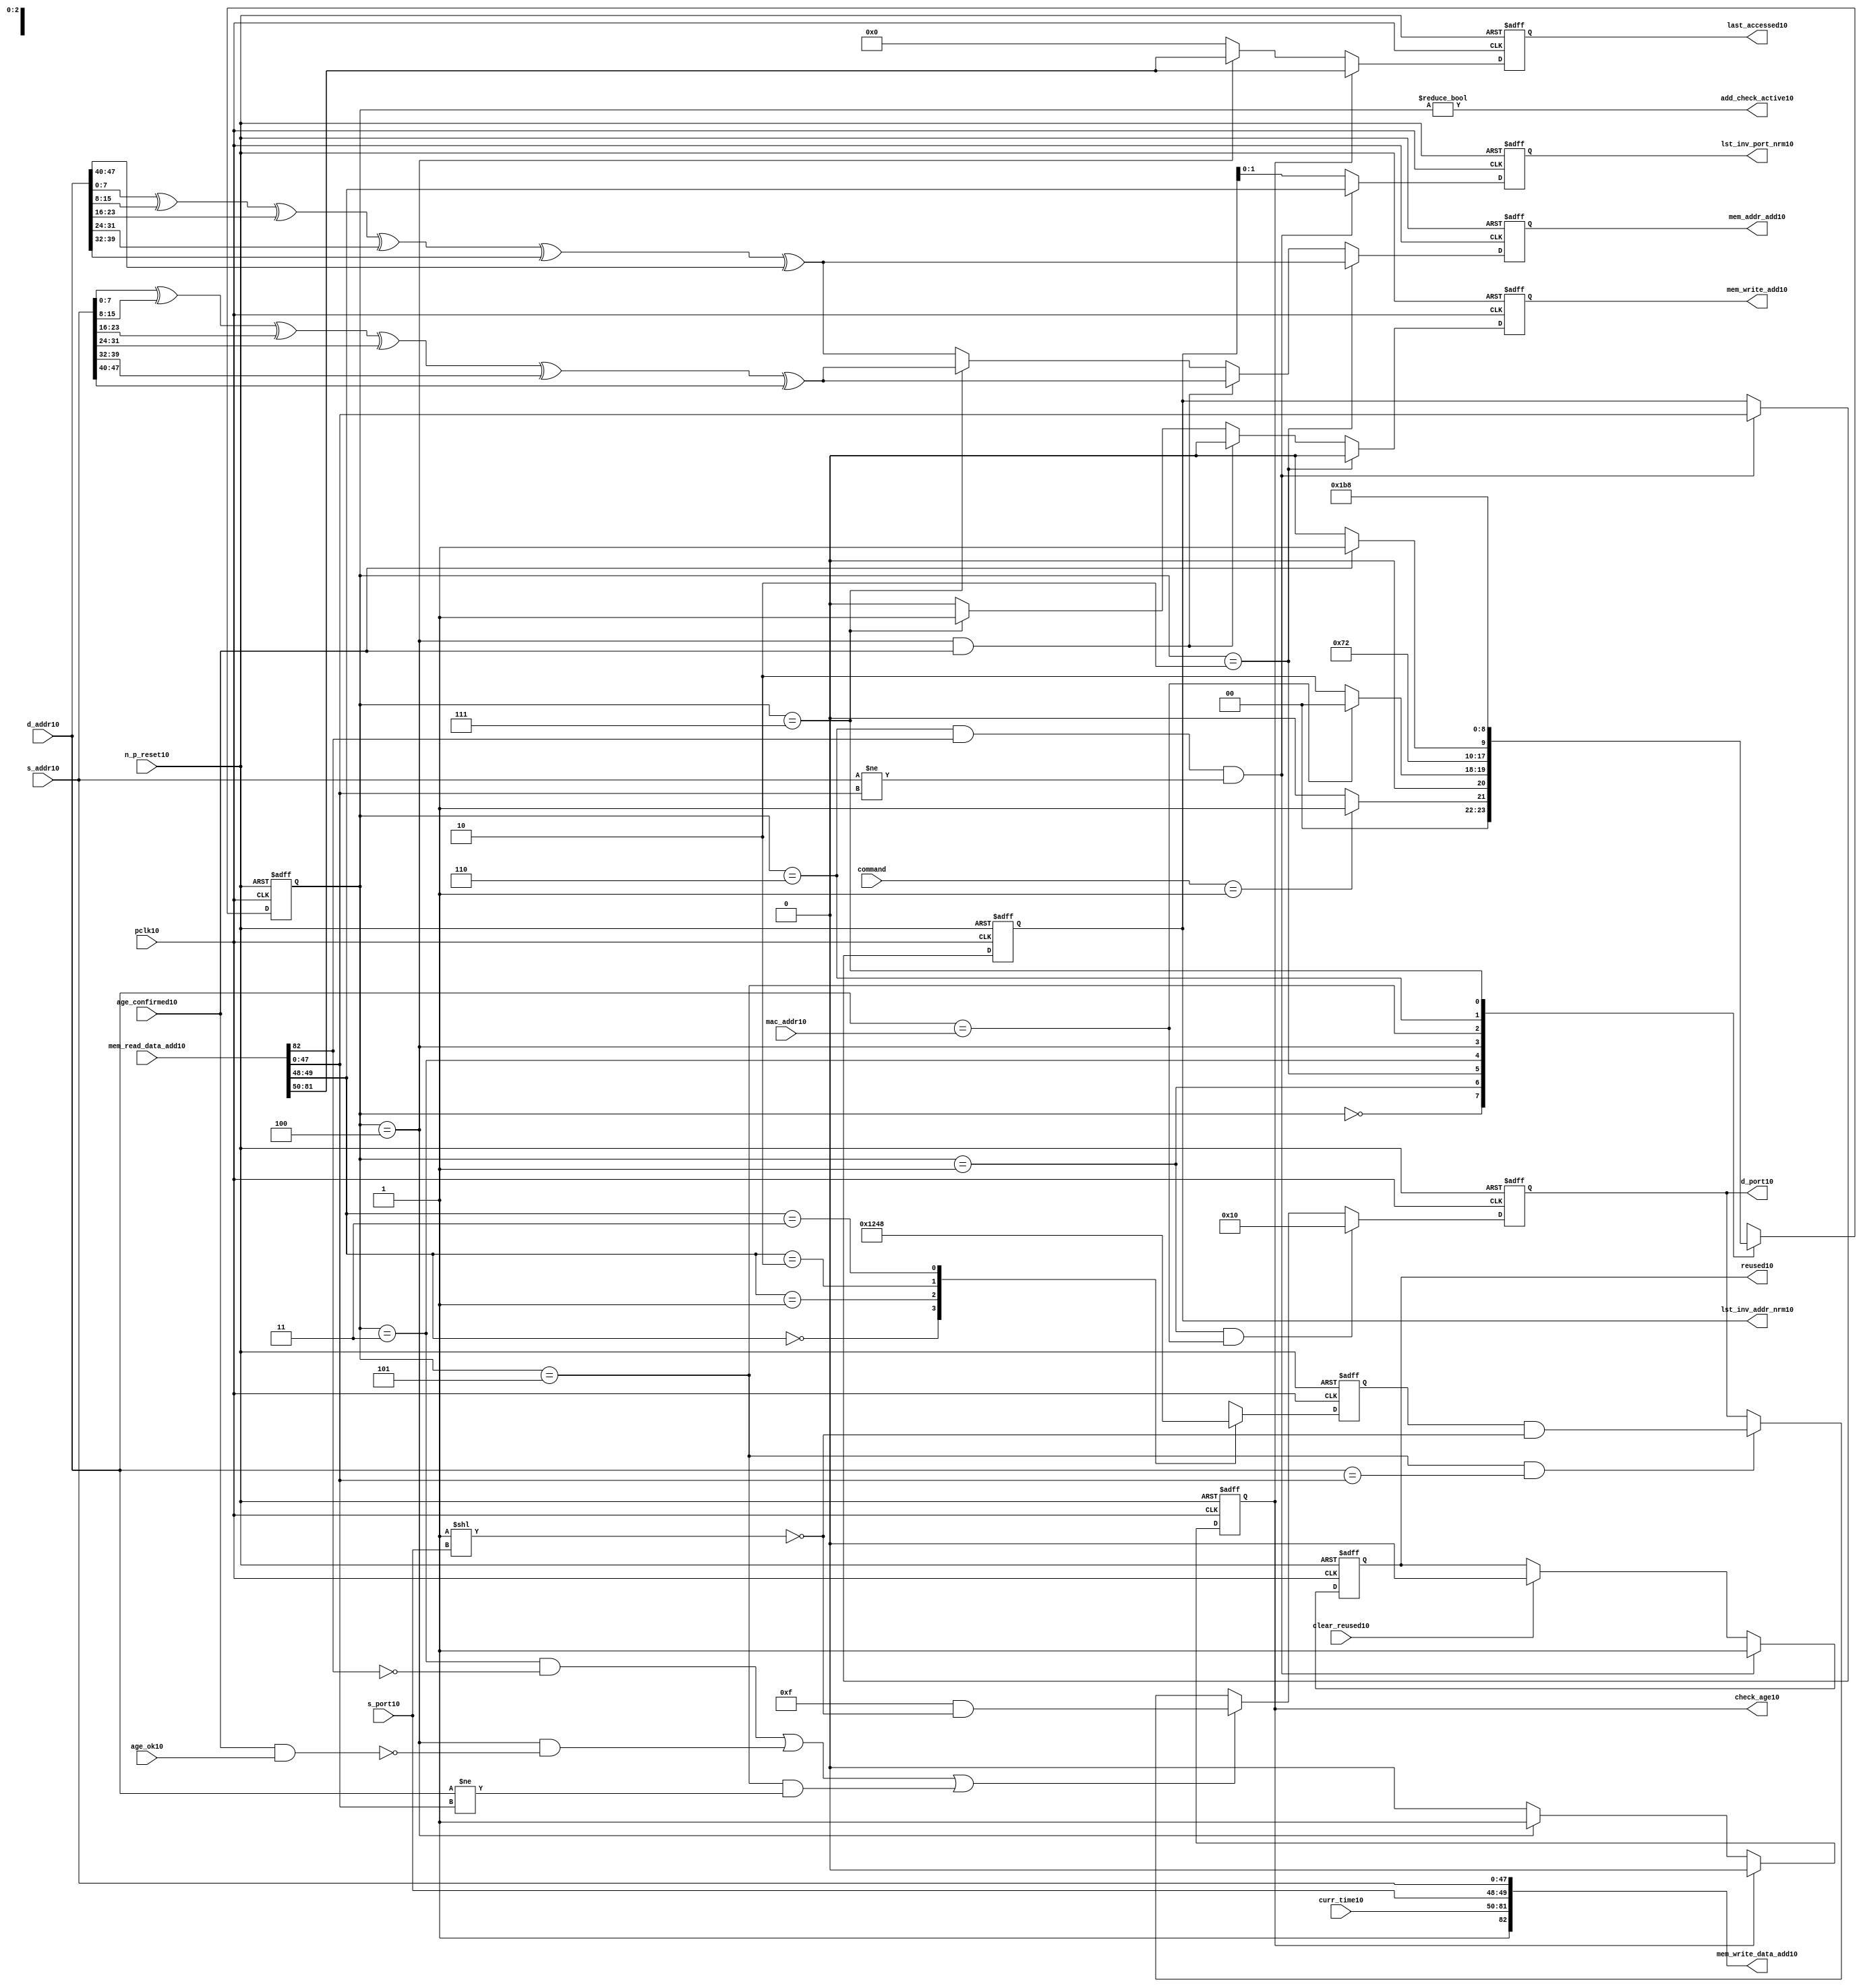
module alut_addr_checker10
(   
   // Inputs10
   pclk10,
   n_p_reset10,
   command,
   mac_addr10,
   d_addr10,
   s_addr10,
   s_port10,
   curr_time10,
   mem_read_data_add10,
   age_confirmed10,
   age_ok10,
   clear_reused10,

   //outputs10
   d_port10,
   add_check_active10,
   mem_addr_add10,
   mem_write_add10,
   mem_write_data_add10,
   lst_inv_addr_nrm10,
   lst_inv_port_nrm10,
   check_age10,
   last_accessed10,
   reused10
);



   input               pclk10;               // APB10 clock10                           
   input               n_p_reset10;          // Reset10                               
   input [1:0]         command;            // command bus                        
   input [47:0]        mac_addr10;           // address of the switch10              
   input [47:0]        d_addr10;             // address of frame10 to be checked10     
   input [47:0]        s_addr10;             // address of frame10 to be stored10      
   input [1:0]         s_port10;             // source10 port of current frame10       
   input [31:0]        curr_time10;          // current time,for storing10 in mem    
   input [82:0]        mem_read_data_add10;  // read data from mem                 
   input               age_confirmed10;      // valid flag10 from age10 checker        
   input               age_ok10;             // result from age10 checker 
   input               clear_reused10;       // read/clear flag10 for reused10 signal10           

   output [4:0]        d_port10;             // calculated10 destination10 port for tx10 
   output              add_check_active10;   // bit 0 of status register           
   output [7:0]        mem_addr_add10;       // hash10 address for R/W10 to memory     
   output              mem_write_add10;      // R/W10 flag10 (write = high10)            
   output [82:0]       mem_write_data_add10; // write data for memory             
   output [47:0]       lst_inv_addr_nrm10;   // last invalidated10 addr normal10 op    
   output [1:0]        lst_inv_port_nrm10;   // last invalidated10 port normal10 op    
   output              check_age10;          // request flag10 for age10 check
   output [31:0]       last_accessed10;      // time field sent10 for age10 check
   output              reused10;             // indicates10 ALUT10 location10 overwritten10

   reg   [2:0]         add_chk_state10;      // current address checker state
   reg   [2:0]         nxt_add_chk_state10;  // current address checker state
   reg   [4:0]         d_port10;             // calculated10 destination10 port for tx10 
   reg   [3:0]         port_mem10;           // bitwise10 conversion10 of 2bit port
   reg   [7:0]         mem_addr_add10;       // hash10 address for R/W10 to memory
   reg                 mem_write_add10;      // R/W10 flag10 (write = high10)            
   reg                 reused10;             // indicates10 ALUT10 location10 overwritten10
   reg   [47:0]        lst_inv_addr_nrm10;   // last invalidated10 addr normal10 op    
   reg   [1:0]         lst_inv_port_nrm10;   // last invalidated10 port normal10 op    
   reg                 check_age10;          // request flag10 for age10 checker
   reg   [31:0]        last_accessed10;      // time field sent10 for age10 check


   wire   [7:0]        s_addr_hash10;        // hash10 of address for storing10
   wire   [7:0]        d_addr_hash10;        // hash10 of address for checking
   wire   [82:0]       mem_write_data_add10; // write data for memory  
   wire                add_check_active10;   // bit 0 of status register           


// Parameters10 for Address Checking10 FSM10 states10
   parameter idle10           = 3'b000;
   parameter mac_addr_chk10   = 3'b001;
   parameter read_dest_add10  = 3'b010;
   parameter valid_chk10      = 3'b011;
   parameter age_chk10        = 3'b100;
   parameter addr_chk10       = 3'b101;
   parameter read_src_add10   = 3'b110;
   parameter write_src10      = 3'b111;


// -----------------------------------------------------------------------------
//   Hash10 conversion10 of source10 and destination10 addresses10
// -----------------------------------------------------------------------------
   assign s_addr_hash10 = s_addr10[7:0] ^ s_addr10[15:8] ^ s_addr10[23:16] ^
                        s_addr10[31:24] ^ s_addr10[39:32] ^ s_addr10[47:40];

   assign d_addr_hash10 = d_addr10[7:0] ^ d_addr10[15:8] ^ d_addr10[23:16] ^
                        d_addr10[31:24] ^ d_addr10[39:32] ^ d_addr10[47:40];



// -----------------------------------------------------------------------------
//   State10 Machine10 For10 handling10 the destination10 address checking process and
//   and storing10 of new source10 address and port values.
// -----------------------------------------------------------------------------
always @ (command or add_chk_state10 or age_confirmed10 or age_ok10)
   begin
      case (add_chk_state10)
      
      idle10:
         if (command == 2'b01)
            nxt_add_chk_state10 = mac_addr_chk10;
         else
            nxt_add_chk_state10 = idle10;

      mac_addr_chk10:   // check if destination10 address match MAC10 switch10 address
         if (d_addr10 == mac_addr10)
            nxt_add_chk_state10 = idle10;  // return dest10 port as 5'b1_0000
         else
            nxt_add_chk_state10 = read_dest_add10;

      read_dest_add10:       // read data from memory using hash10 of destination10 address
            nxt_add_chk_state10 = valid_chk10;

      valid_chk10:      // check if read data had10 valid bit set
         nxt_add_chk_state10 = age_chk10;

      age_chk10:        // request age10 checker to check if still in date10
         if (age_confirmed10)
            nxt_add_chk_state10 = addr_chk10;
         else
            nxt_add_chk_state10 = age_chk10; 

      addr_chk10:       // perform10 compare between dest10 and read addresses10
            nxt_add_chk_state10 = read_src_add10; // return read port from ALUT10 mem

      read_src_add10:   // read from memory location10 about10 to be overwritten10
            nxt_add_chk_state10 = write_src10; 

      write_src10:      // write new source10 data (addr and port) to memory
            nxt_add_chk_state10 = idle10; 

      default:
            nxt_add_chk_state10 = idle10;
      endcase
   end


// destination10 check FSM10 current state
always @ (posedge pclk10 or negedge n_p_reset10)
   begin
   if (~n_p_reset10)
      add_chk_state10 <= idle10;
   else
      add_chk_state10 <= nxt_add_chk_state10;
   end



// -----------------------------------------------------------------------------
//   Generate10 returned value of port for sending10 new frame10 to
// -----------------------------------------------------------------------------
always @ (posedge pclk10 or negedge n_p_reset10)
   begin
   if (~n_p_reset10)
      d_port10 <= 5'b0_1111;
   else if ((add_chk_state10 == mac_addr_chk10) & (d_addr10 == mac_addr10))
      d_port10 <= 5'b1_0000;
   else if (((add_chk_state10 == valid_chk10) & ~mem_read_data_add10[82]) |
            ((add_chk_state10 == age_chk10) & ~(age_confirmed10 & age_ok10)) |
            ((add_chk_state10 == addr_chk10) & (d_addr10 != mem_read_data_add10[47:0])))
      d_port10 <= 5'b0_1111 & ~( 1 << s_port10 );
   else if ((add_chk_state10 == addr_chk10) & (d_addr10 == mem_read_data_add10[47:0]))
      d_port10 <= {1'b0, port_mem10} & ~( 1 << s_port10 );
   else
      d_port10 <= d_port10;
   end


// -----------------------------------------------------------------------------
//   convert read port source10 value from 2bits to bitwise10 4 bits
// -----------------------------------------------------------------------------
always @ (posedge pclk10 or negedge n_p_reset10)
   begin
   if (~n_p_reset10)
      port_mem10 <= 4'b1111;
   else begin
      case (mem_read_data_add10[49:48])
         2'b00: port_mem10 <= 4'b0001;
         2'b01: port_mem10 <= 4'b0010;
         2'b10: port_mem10 <= 4'b0100;
         2'b11: port_mem10 <= 4'b1000;
      endcase
   end
   end
   


// -----------------------------------------------------------------------------
//   Set active bit of status, decoded10 off10 add_chk_state10
// -----------------------------------------------------------------------------
assign add_check_active10 = (add_chk_state10 != 3'b000);


// -----------------------------------------------------------------------------
//   Generate10 memory addressing10 signals10.
//   The check address command will be taken10 as the indication10 from SW10 that the 
//   source10 fields (address and port) can be written10 to memory. 
// -----------------------------------------------------------------------------
always @ (posedge pclk10 or negedge n_p_reset10)
   begin
   if (~n_p_reset10) 
   begin
       mem_write_add10 <= 1'b0;
       mem_addr_add10  <= 8'd0;
   end
   else if (add_chk_state10 == read_dest_add10)
   begin
       mem_write_add10 <= 1'b0;
       mem_addr_add10  <= d_addr_hash10;
   end
// Need10 to set address two10 cycles10 before check
   else if ( (add_chk_state10 == age_chk10) && age_confirmed10 )
   begin
       mem_write_add10 <= 1'b0;
       mem_addr_add10  <= s_addr_hash10;
   end
   else if (add_chk_state10 == write_src10)
   begin
       mem_write_add10 <= 1'b1;
       mem_addr_add10  <= s_addr_hash10;
   end
   else
   begin
       mem_write_add10 <= 1'b0;
       mem_addr_add10  <= d_addr_hash10;
   end
   end


// -----------------------------------------------------------------------------
//   Generate10 databus10 for writing to memory
//   Data written10 to memory from address checker will always be valid
// -----------------------------------------------------------------------------
assign mem_write_data_add10 = {1'b1, curr_time10, s_port10, s_addr10};



// -----------------------------------------------------------------------------
//   Evaluate10 read back data that is about10 to be overwritten10 with new source10 
//   address and port values. Decide10 whether10 the reused10 flag10 must be set and
//   last_inval10 address and port values updated.
//   reused10 needs10 to be implemented as read and clear
// -----------------------------------------------------------------------------
always @ (posedge pclk10 or negedge n_p_reset10)
   begin
   if (~n_p_reset10) 
   begin
      reused10 <= 1'b0;
      lst_inv_addr_nrm10 <= 48'd0;
      lst_inv_port_nrm10 <= 2'd0;
   end
   else if ((add_chk_state10 == read_src_add10) & mem_read_data_add10[82] &
            (s_addr10 != mem_read_data_add10[47:0]))
   begin
      reused10 <= 1'b1;
      lst_inv_addr_nrm10 <= mem_read_data_add10[47:0];
      lst_inv_port_nrm10 <= mem_read_data_add10[49:48];
   end
   else if (clear_reused10)
   begin
      reused10 <= 1'b0;
      lst_inv_addr_nrm10 <= lst_inv_addr_nrm10;
      lst_inv_port_nrm10 <= lst_inv_addr_nrm10;
   end
   else 
   begin
      reused10 <= reused10;
      lst_inv_addr_nrm10 <= lst_inv_addr_nrm10;
      lst_inv_port_nrm10 <= lst_inv_addr_nrm10;
   end
   end


// -----------------------------------------------------------------------------
//   Generate10 signals10 for age10 checker to perform10 in-date10 check
// -----------------------------------------------------------------------------
always @ (posedge pclk10 or negedge n_p_reset10)
   begin
   if (~n_p_reset10) 
   begin
      check_age10 <= 1'b0;  
      last_accessed10 <= 32'd0;
   end
   else if (check_age10)
   begin
      check_age10 <= 1'b0;  
      last_accessed10 <= mem_read_data_add10[81:50];
   end
   else if (add_chk_state10 == age_chk10)
   begin
      check_age10 <= 1'b1;  
      last_accessed10 <= mem_read_data_add10[81:50];
   end
   else 
   begin
      check_age10 <= 1'b0;  
      last_accessed10 <= 32'd0;
   end
   end


`ifdef ABV_ON10

// psl10 default clock10 = (posedge pclk10);

// ASSERTION10 CHECKS10
/* Commented10 out as also checking in toplevel10
// it should never be possible10 for the destination10 port to indicate10 the MAC10
// switch10 address and one of the other 4 Ethernets10
// psl10 assert_valid_dest_port10 : assert never (d_port10[4] & |{d_port10[3:0]});


// COVER10 SANITY10 CHECKS10
// check all values of destination10 port can be returned.
// psl10 cover_d_port_010 : cover { d_port10 == 5'b0_0001 };
// psl10 cover_d_port_110 : cover { d_port10 == 5'b0_0010 };
// psl10 cover_d_port_210 : cover { d_port10 == 5'b0_0100 };
// psl10 cover_d_port_310 : cover { d_port10 == 5'b0_1000 };
// psl10 cover_d_port_410 : cover { d_port10 == 5'b1_0000 };
// psl10 cover_d_port_all10 : cover { d_port10 == 5'b0_1111 };
*/
`endif


endmodule